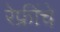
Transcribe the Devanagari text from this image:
रेफ्रींचे